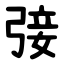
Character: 㢺